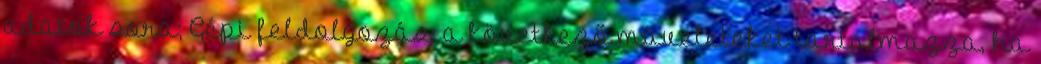
adatok sora; Gépi feldolgozás: a következő műveleteket tartalmazza, ha